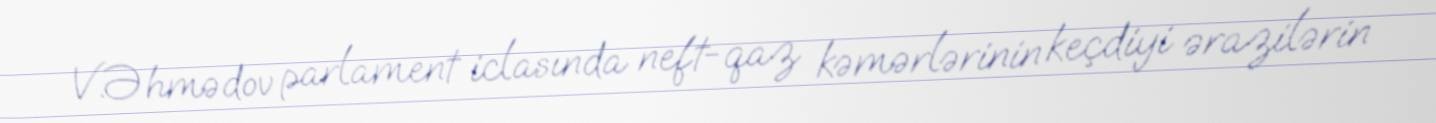
V.Əhmədov parlament iclasında neft-qaz kəmərlərinin keçdiyi ərazilərin